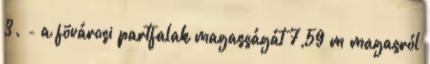
3. - a fõvárosi partfalak magasságát 7,59 m magasról